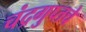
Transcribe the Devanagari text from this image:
चंद्रगुप्तचे